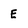
Character: E